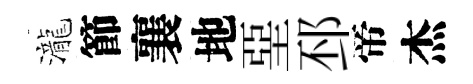
瀧節襄地堊邳帝杰